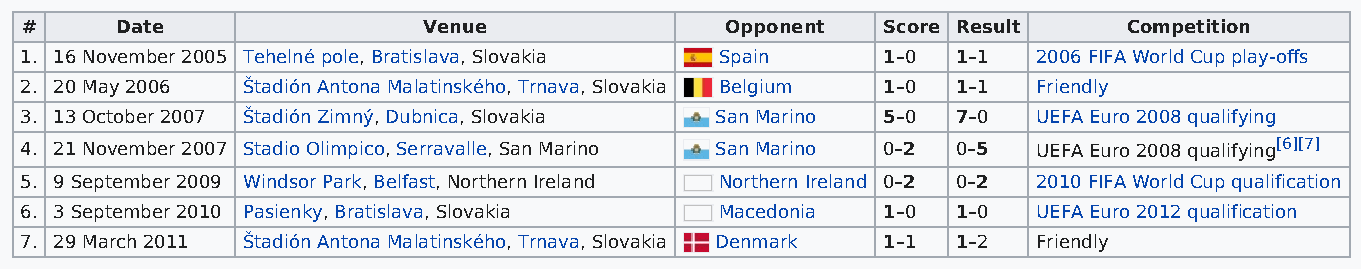
#      Date                Venue               Opponent  Score Result     Competition
 1. 16 November 2005 Tehelné pole, Bratislava, Slovakia Spain 1–0 1–1 2006 FIFA World Cup play-offs
 2. 20 May 2006 Štadión Antona Malatinského, Trnava, Slovakia Belgium 1–0 1–1 Friendly
 3. 13 October 2007 Štadión Zimný, Dubnica, Slovakia San Marino 5–0 7–0 UEFA Euro 2008 qualifying
 4. 21 November 2007 Stadio Olimpico, Serravalle, San Marino San Marino 0–2 0–5 UEFA Euro 2008 qualifying[6][7]
 5. 9 September 2009 Windsor Park, Belfast, Northern Ireland Northern Ireland 0–2 0–2 2010 FIFA World Cup qualification
 6. 3 September 2010 Pasienky, Bratislava, Slovakia Macedonia 1–0 1–0 UEFA Euro 2012 qualification
 7. 29 March 2011 Štadión Antona Malatinského, Trnava, Slovakia Denmark 1–1 1–2 Friendly